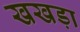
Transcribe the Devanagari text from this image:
खखड़ा